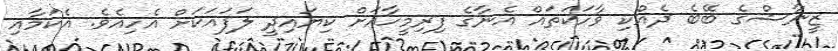
ޒީނާޝްގެ ބޭބެ ދެއްކި ވާހަކަތައް އެނާގެ ފިރިމީހާއަށް ކިޔައިދީ ލަފައަކަށް އެހިއެވެ. އެކަމާއި